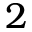
2